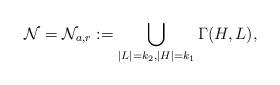
LaTeX: \begin{align*}\mathcal{N} = \mathcal{N}_{a,r}:= \bigcup_{|L|=k_2,|H|=k_1}\Gamma(H, L),\end{align*}